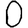
Digit: 0